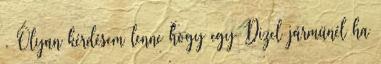
. Olyan kérdésem lenne hogy egy Dizel jármünél ha